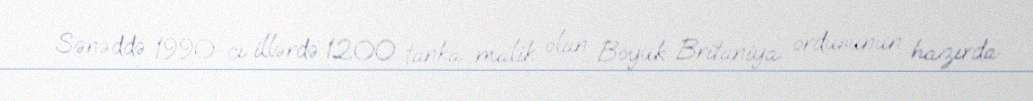
Sənəddə 1990-cı illərdə 1200 tanka malik olan Böyük Britaniya ordusunun hazırda